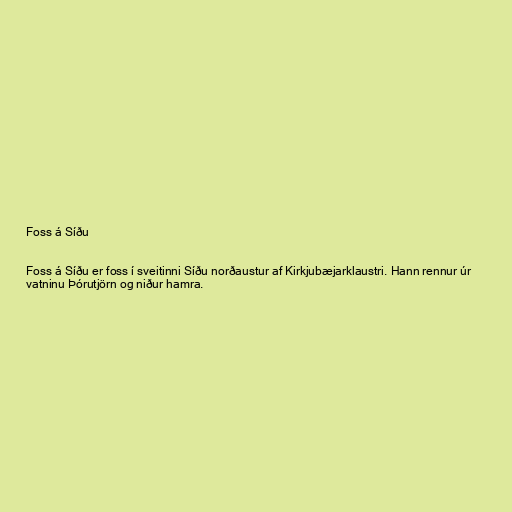
Foss á Síðu

Foss á Síðu er foss í sveitinni Síðu norðaustur af Kirkjubæjarklaustri. Hann rennur úr
vatninu Þórutjörn og niður hamra.